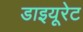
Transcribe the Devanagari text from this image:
डाइयूरेट